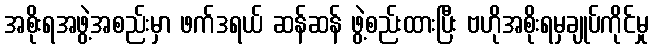
အစိုးရအဖွဲ့အစည်းမှာ ဖက်ဒရယ် ဆန်ဆန် ဖွဲ့စည်းထားပြီး ဗဟိုအစိုးရမှချုပ်ကိုင်မှု